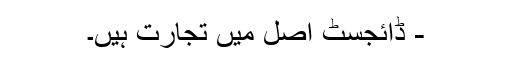
- ڈائجسٹ اصل میں تجارت ہیں۔